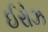
ઈરોઝ